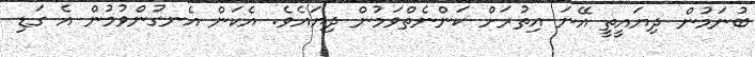
ބުނަމުން ދިޔައީތީ އޭނަ އިތުރަށް ކަންނެތްވަމުން ދިޔައެވެ. އެކަން އެނގުންވުމުން އެ ގަޑި